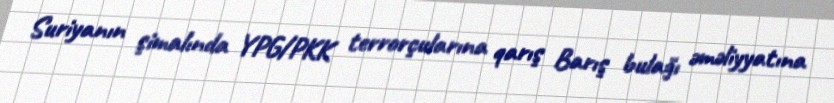
Suriyanın şimalında YPG/PKK terrorçularına qarış Barış bulağı əməliyyatına